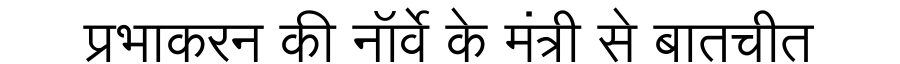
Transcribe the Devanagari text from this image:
प्रभाकरन की नॉर्वे के मंत्री से बातचीत